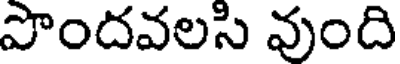
పొందవలసి వుంది